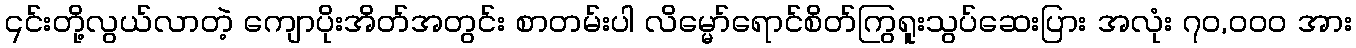
၎င်းတို့လွယ်လာတဲ့ ကျောပိုးအိတ်အတွင်း စာတမ်းပါ လိမ္မော်ရောင်စိတ်ကြွရူးသွပ်ဆေးပြား အလုံး ၇၀,၀၀၀ အား